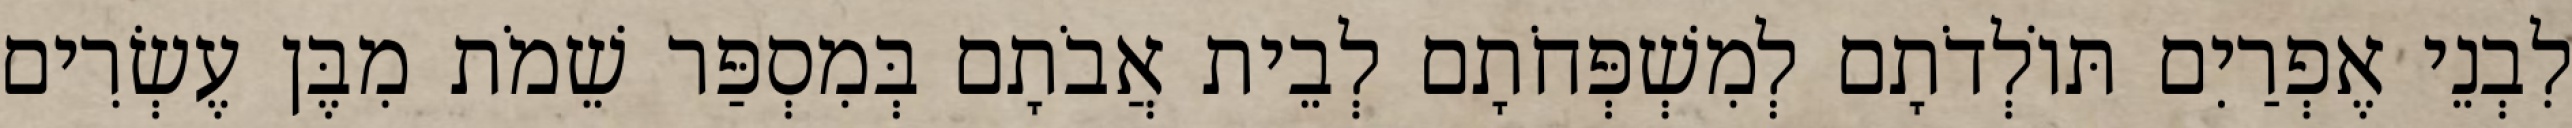
לִבְנֵי אֶפְרַיִם תּוֹלְדֹתָם לְמִשְׁפְּחֹתָם לְבֵית אֲבֹתָם בְּמִסְפַּר שֵׁמֹת מִבֶּן עֶשְׂרִים